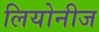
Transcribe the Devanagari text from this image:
लियोनीज